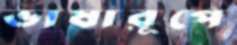
ভাষারূপে